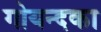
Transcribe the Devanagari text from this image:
गोयन्‍दका